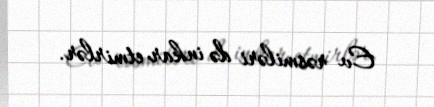
Ev rəsmiləri də inkar etmirlər.